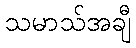
သမာသ်အချီ